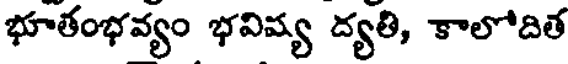
భూతంభవ్యం భవిష్య ద్యతి, కాలోదిత